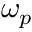
\omega _ { p }